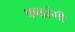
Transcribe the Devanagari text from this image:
पण्डरंगी